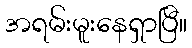
အရမ်းမူးနေရှာပြီ။